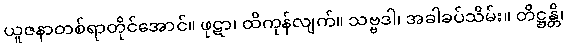
ယူဇနာတစ်ရာတိုင်အောင်။ ဖုဋာ၊ ထိကုန်လျက်။ သဗ္ဗဒါ၊ အခါခပ်သိမ်း။ တိဋ္ဌန္တိ၊